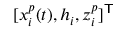
[ x _ { i } ^ { p } ( t ) , h _ { i } , z _ { i } ^ { p } ] ^ { \mathsf { T } }